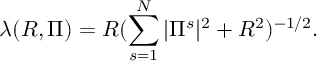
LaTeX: \lambda ( R , \Pi ) = R ( \sum _ { s = 1 } ^ { N } | \Pi ^ { s } | ^ { 2 } + R ^ { 2 } ) ^ { - 1 / 2 } .